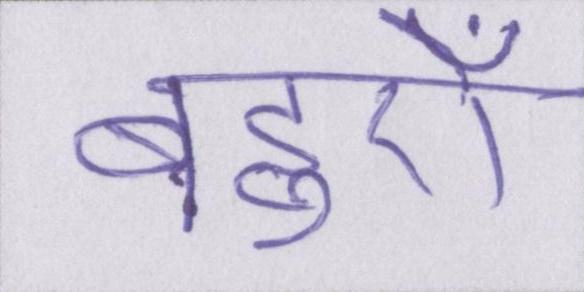
बहुएँ